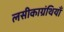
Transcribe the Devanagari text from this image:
लसीकाग्रंथियाँ